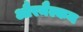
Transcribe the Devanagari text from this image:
औरमैल्कम